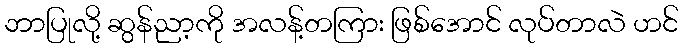
ဘာပြုလို့ ဆွန်ညာ့ကို အလန့်တကြား ဖြစ်အောင် လုပ်တာလဲ ဟင်